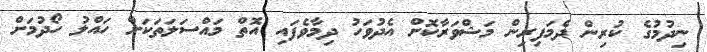
ނިދުމުގެ ކުރިން ދެމަފިރިން މަޝްވަރާކޮށް އެދުވަހު ދިމާވެފައި އޮތް މައްސަލަތަކަށް ހައްލު ހޯދުމަށް